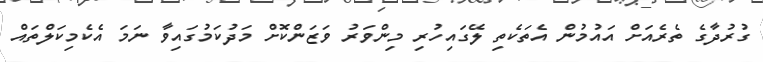
ގުރުދާގެ ތެރެއަށް އައުމުން އެތަކެތި ލޭގައިހުރި މިންވަރު ވަޒަންކޮށް މަދުކަމުގައިވާ ނަމަ އެކެމިކަލްތައް